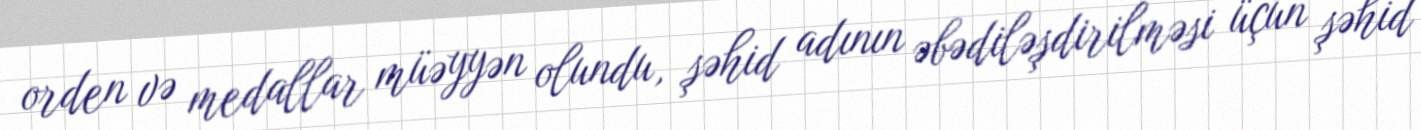
orden və medallar müəyyən olundu, şəhid adının əbədiləşdirilməsi üçün şəhid